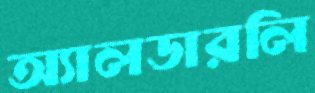
অ্যালডারলি